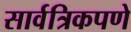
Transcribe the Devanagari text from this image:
सार्वत्रिकपणे